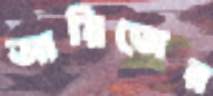
আরিজের